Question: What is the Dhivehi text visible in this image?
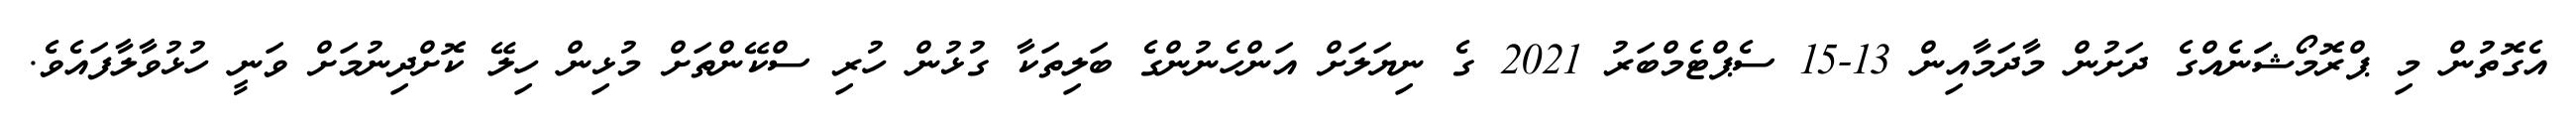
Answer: އެގޮތުން މި ޕްރޮމޯޝަަނެއްގެ ދަށުން މާދަމާއިން 13-15 ސެޕްޓެމްބަރު 2021 ގެ ނިޔަލަށް އަންހެނުންގެ ބަލިތަކާ ގުޅުން ހުރި ސްކޭންތަށް މުޅިން ހިލޭ ކޮށްދިނުމަށް ވަނީ ހުޅުވާލާފައެވެ.